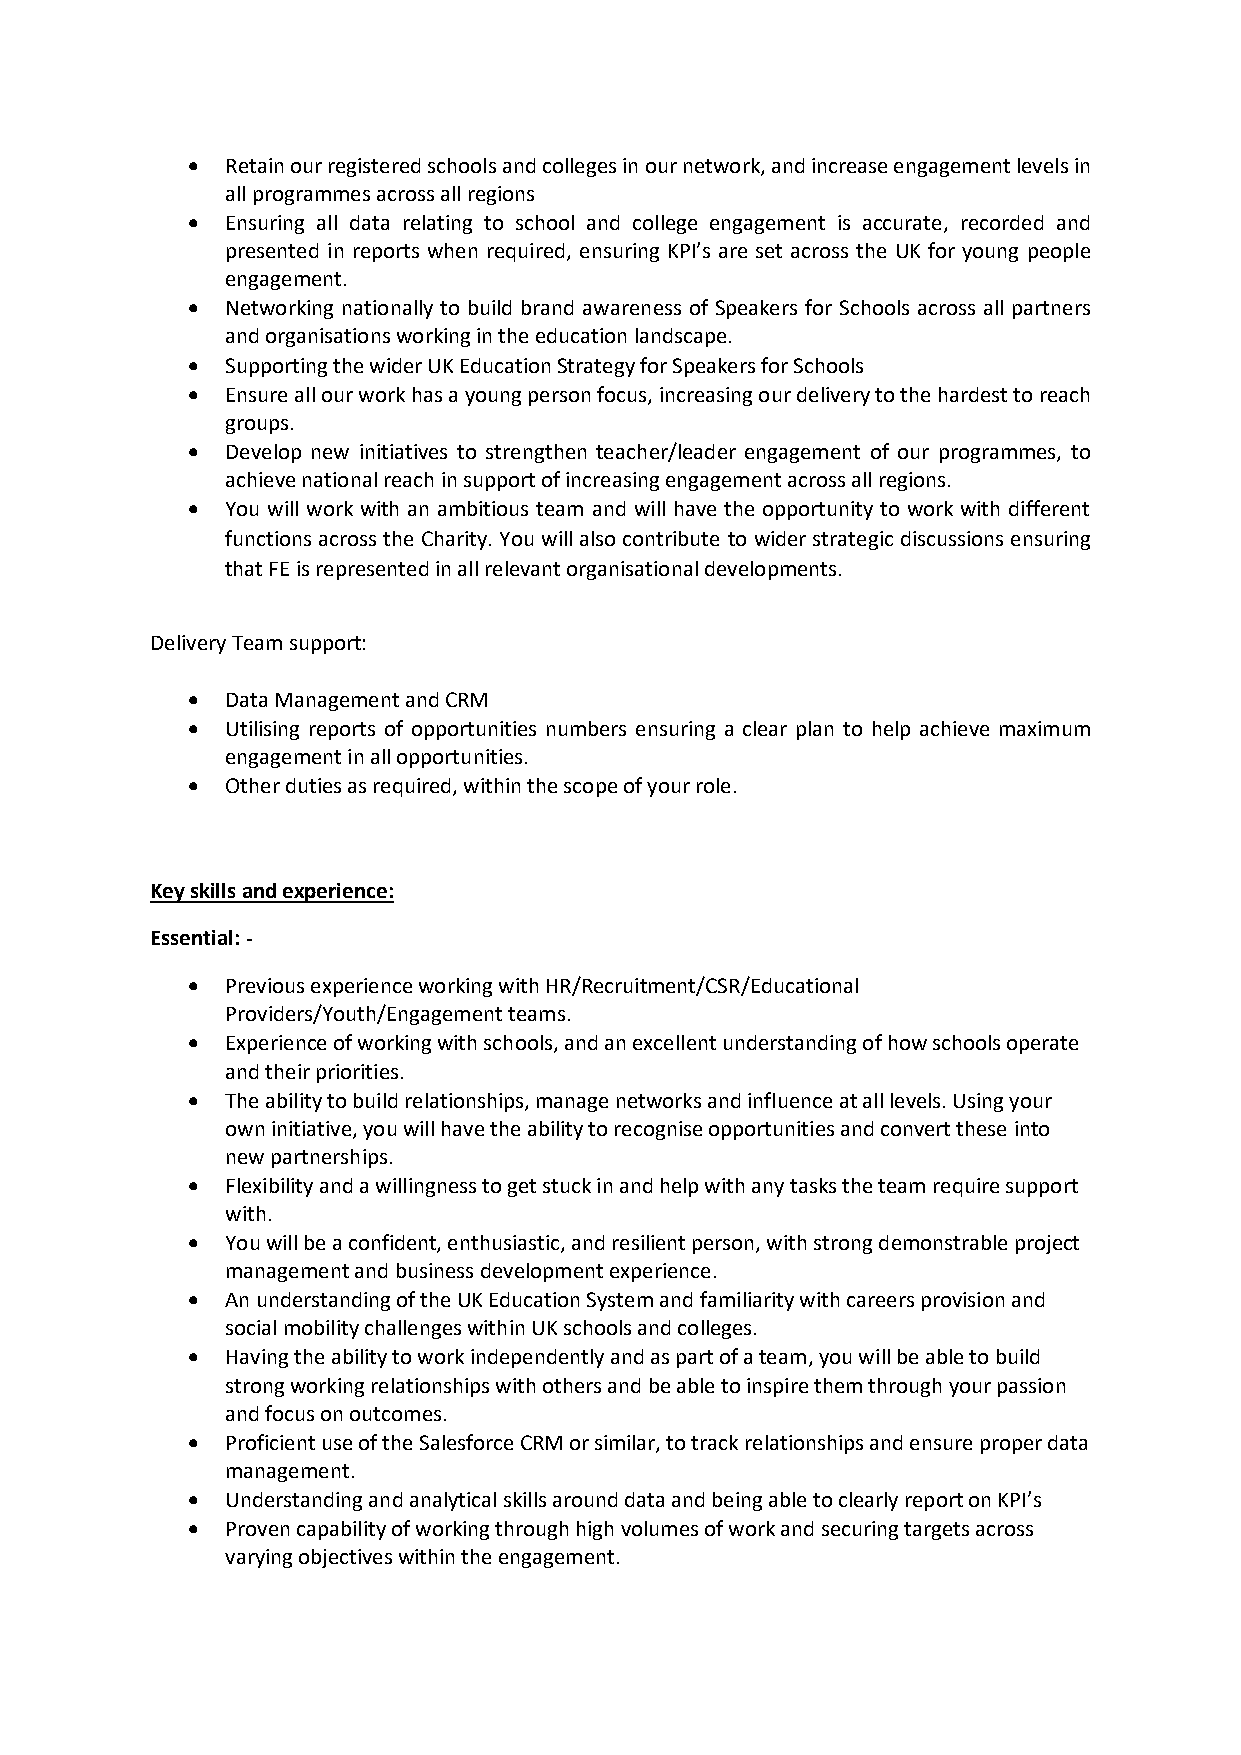
•  Retain our registered schools and colleges in our network, and increase engagement levels in
 all programmes across all regions
 •  Ensuring all data relating to school and college engagement is accurate, recorded and
 presented in reports when required, ensuring KPI’s are set across the UK for young people
 engagement.
 •  Networking nationally to build brand awareness of Speakers for Schools across all partners
 and organisations working in the education landscape.
 •  Supporting the wider UK Education Strategy for Speakers for Schools
 •  Ensure all our work has a young person focus, increasing our delivery to the hardest to reach
 groups.
 •  Develop new initiatives to strengthen teacher/leader engagement of our programmes, to
 achieve national reach in support of increasing engagement across all regions.
 •  You will work with an ambitious team and will have the opportunity to work with different
 functions across the Charity. You will also contribute to wider strategic discussions ensuring
 that FE is represented in all relevant organisational developments.
 Delivery Team support:
 •  Data Management and CRM
 •  Utilising reports of opportunities numbers ensuring a clear plan to help achieve maximum
 engagement in all opportunities.
 •  Other duties as required, within the scope of your role.
 Key skills and experience:
 Essential: -
 •  Previous experience working with HR/Recruitment/CSR/Educational
 Providers/Youth/Engagement teams.
 •  Experience of working with schools, and an excellent understanding of how schools operate
 and their priorities.
 •  The ability to build relationships, manage networks and influence at all levels. Using your
 own initiative, you will have the ability to recognise opportunities and convert these into
 new partnerships.
 •  Flexibility and a willingness to get stuck in and help with any tasks the team require support
 with.
 •  You will be a confident, enthusiastic, and resilient person, with strong demonstrable project
 management and business development experience.
 •  An understanding of the UK Education System and familiarity with careers provision and
 social mobility challenges within UK schools and colleges.
 •  Having the ability to work independently and as part of a team, you will be able to build
 strong working relationships with others and be able to inspire them through your passion
 and focus on outcomes.
 •  Proficient use of the Salesforce CRM or similar, to track relationships and ensure proper data
 management.
 •  Understanding and analytical skills around data and being able to clearly report on KPI’s
 •  Proven capability of working through high volumes of work and securing targets across
 varying objectives within the engagement.